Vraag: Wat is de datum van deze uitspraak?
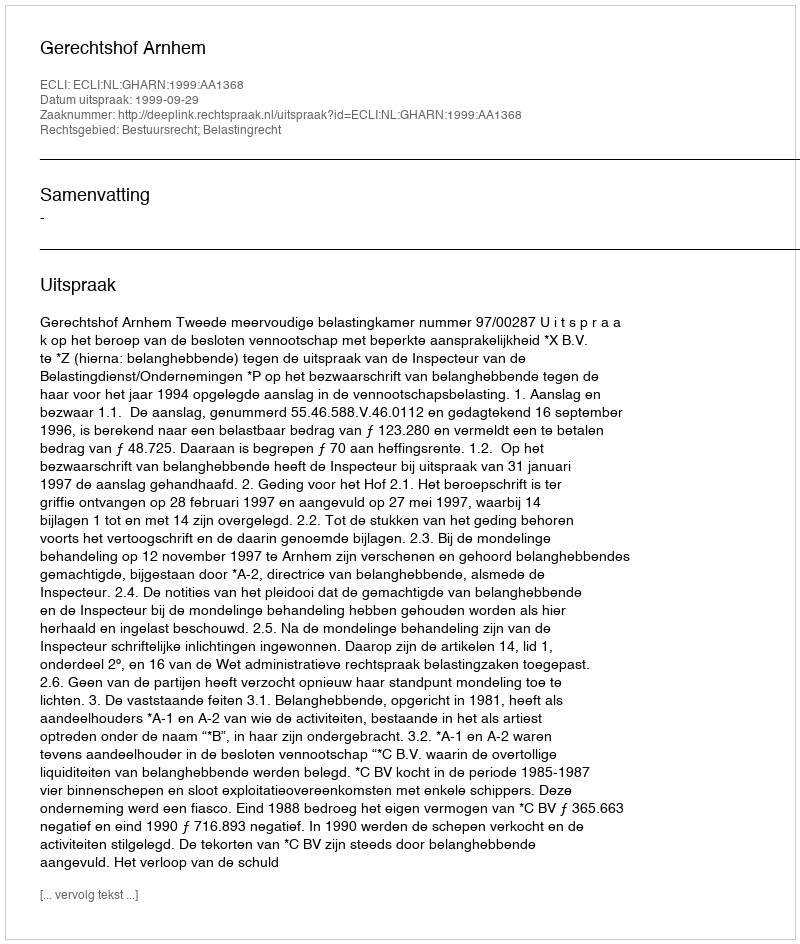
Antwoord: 1999-09-29